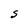
Character: S